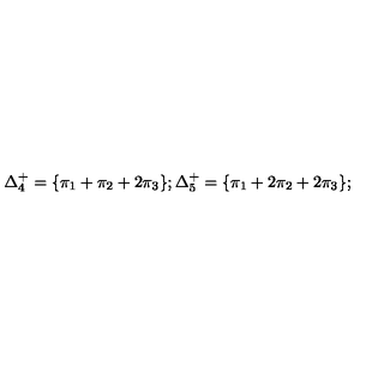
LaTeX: \Delta _ { 4 } ^ { + } = \{ \pi _ { 1 } + \pi _ { 2 } + 2 \pi _ { 3 } \} ; \Delta _ { 5 } ^ { + } = \{ \pi _ { 1 } + 2 \pi _ { 2 } + 2 \pi _ { 3 } \} ;